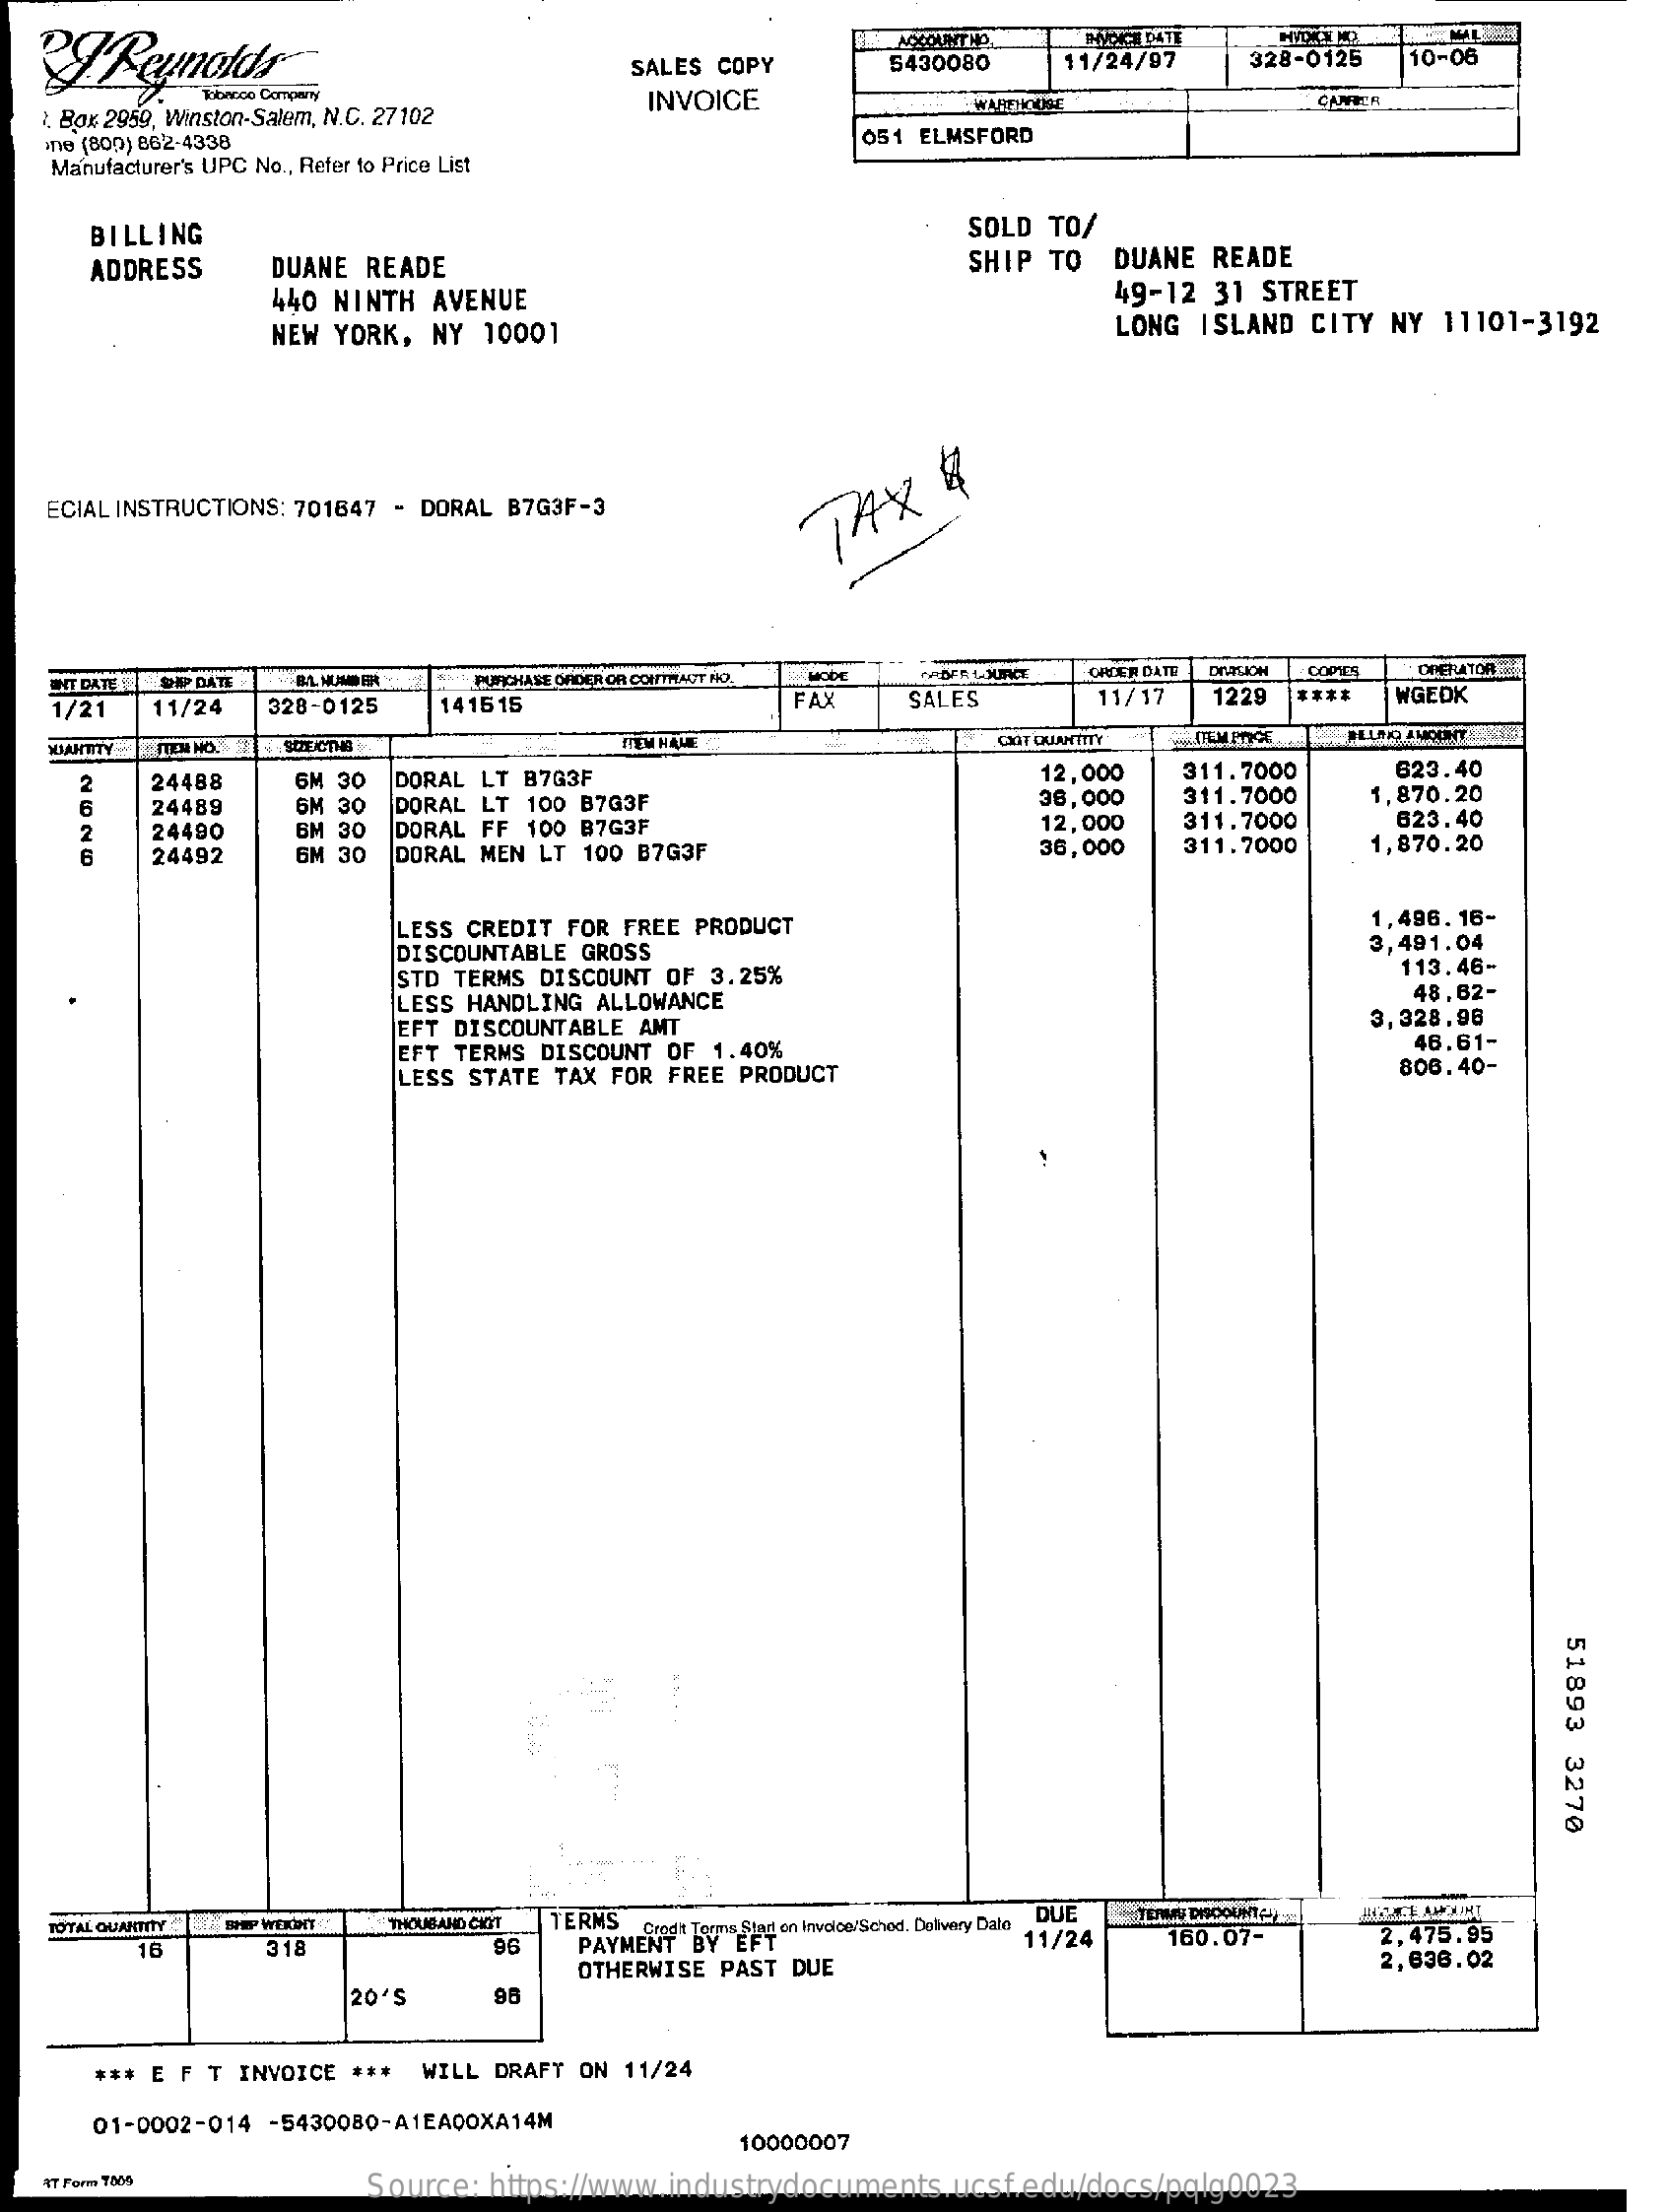
SALES COPY    5430080  11/24/97   328-0125 10-06
   . Box 2959, Winston-Salem, N.C. 27102
     INVOICE    WARTHOUSE    CANTIA
   ne (BOD) 862-4338    051 ELMSFORD
   Manufacturer's UPC No ., Refer to Price List
     BILLING    SOLD TO/
     ADDRESS   DUANE READE    SHIP TO DUANE READE
     440 NINTH AVENUE    49-12 31 STREET
     NEW YORK, NY 10001    LONG ISLAND CITY NY 11101-3192
   ECIAL INSTRUCTIONS: 701647 - DORAL B7G3F-3 TAX
     &
   CNT DATE! SHEP DATE    PURCHASE ORDER OR CONTRACT NO    ORDER DATE  COPYS OPERATOR
   1/21  11/24 328-0125  141515    FAX    SALES    11/17 1229    WGEDK
   QUANTITY TIEM HO    TEM HALE    COLT CRIANTITY
     2   24488   6M 30
     311.7000    623.40
     6   24489   6M 30
     DORAL LT B7G3F    12,000
     6M
     DORAL LT 100 B7G3F    38,000  311.7000   1,870.20
     2   24490    DORAL FF 100 B7G3F    12,000  311.7000    623.40
     6   24492   GM 30 DORAL MEN LT 100 B7G3F    36,000  311.7000   1,870.20
     LESS CREDIT FOR FREE PRODUCT
     DISCOUNTABLE GROSS
     1,496.16-
     3,491.04
     STD TERMS DISCOUNT OF 3.25%    113.46-
     LESS HANDLING ALLOWANCE    48,62-
     EFT DISCOUNTABLE AMT    3,328,98
     EFT TERMS DISCOUNT OF 1.40%    46.61-
     LESS STATE TAX FOR FREE PRODUCT    806.40-
     51893
     3270
   TOTAL QUANTITY BRI WEINIT THOUSAND CKIT TERMS
     Ored't Terms Stad on Invoice/Schod. Delivery Dalo DUE
     11/24
     TERMES DISCOUNT2
     16    318    96   PAYMENT BY EFT    160.07-    2,475.95
     OTHERWISE PAST DUE    2,636.02
     20'S    98
     *** E F T INVOICE *** WILL DRAFT ON 11/24
     01-0002-014 -5430080-A1EA00XA14M
     10000007
   AT Form 7.005    Source: https://www.industrydocuments.ucsf.edu/docs/pqlg0023